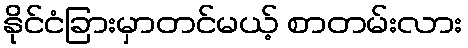
နိုင်ငံခြားမှာတင်မယ့် စာတမ်းလား